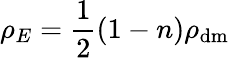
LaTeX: \rho_{E}={\frac{1}{2}}(1-n)\rho_{\mathrm{dm}}